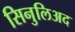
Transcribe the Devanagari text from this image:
सिनुलिअद